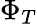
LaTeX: \Phi_{T}